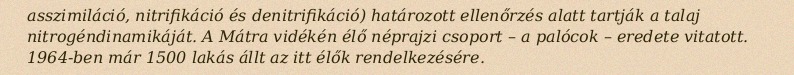
asszimiláció, nitrifikáció és denitrifikáció) határozott ellenőrzés alatt tartják a talaj nitrogéndinamikáját. A Mátra vidékén élő néprajzi csoport – a palócok – eredete vitatott. 1964-ben már 1500 lakás állt az itt élők rendelkezésére.